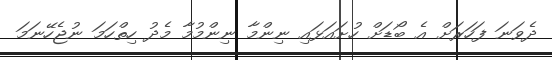
ދެވަނަ ފަހަރަށް އެ ބޯޑަށް ހުށައަޅައި ނިންމާ ނިންމުމާ މެދު ހިތްހަމަ ނުޖެހޭނަމަ